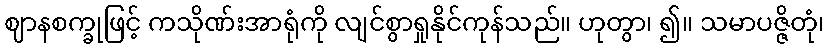
ဈာနစက္ခုဖြင့် ကသိုဏ်းအာရုံကို လျင်စွာရှုနိုင်ကုန်သည်။ ဟုတွာ၊ ၍။ သမာပဇ္ဇိတုံ၊